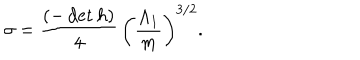
\sigma = \frac { ( - \det h ) } { 4 } \, \left( \frac { \Lambda _ { 1 } } { m } \right) ^ { 3 / 2 } .